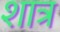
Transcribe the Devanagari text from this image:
शात्र